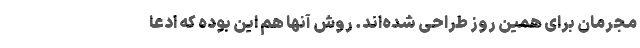
مجرمان برای همین روز طراحی شده‌اند. روش آنها هم این بوده که ادعا